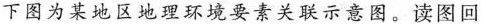
下图为某地区地理环境要素关联示意图。读图回